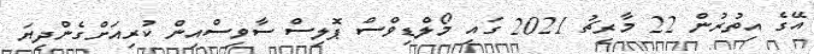
އޭގެ އިތުރުން 22 މާރިޗު 2021 ގައި މޯލްޑިވްސް ޕޮލިސް ސާވިސްއިން ކުރިއަށްގެންދިޔަ